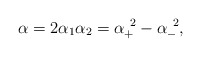
\begin{align*}\alpha = 2 \alpha_1 \alpha_2 = \alpha_{+}^{~2} - \alpha_{-}^{~2},\end{align*}